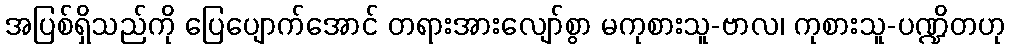
အပြစ်ရှိသည်ကို ပြေပျောက်အောင် တရားအားလျော်စွာ မကုစားသူ-ဗာလ၊ ကုစားသူ-ပဏ္ဍိတဟု